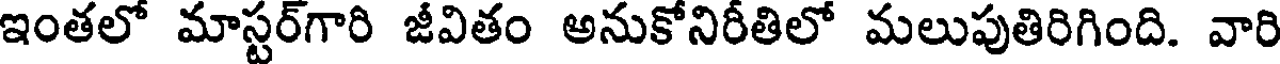
ఇంతలో మాస్టర్గారి జీవితం అనుకోనిరీతిలో మలుపుతిరిగింది. వారి